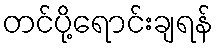
တင်ပို့ရောင်းချရန်